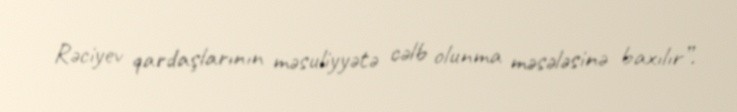
Rəciyev qardaşlarının məsuliyyətə cəlb olunma məsələsinə baxılır”.